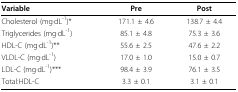
<table><thead><tr><td><b>Variable</b></td><td><b>Pre</b></td><td><b>Post</b></td></tr></thead><tbody><tr><td>Cholesterol (mg·dL<sup>-1</sup>)*</td><td>171.1 ± 4.6</td><td>138.7 ± 4.4</td></tr><tr><td>Triglycerides (mg·dL<sup>-1</sup>)</td><td>85.1 ± 4.8</td><td>75.3 ± 3.6</td></tr><tr><td>HDL-C (mg·dL<sup>-1</sup>)**</td><td>55.6 ± 2.5</td><td>47.6 ± 2.2</td></tr><tr><td>VLDL-C (mg·dL<sup>-1</sup>)</td><td>17.0 ± 1.0</td><td>15.0 ± 0.7</td></tr><tr><td>LDL-C (mg·dL<sup>-1</sup>)***</td><td>98.4 ± 3.9</td><td>76.1 ± 3.5</td></tr><tr><td>Total:HDL-C</td><td>3.3 ± 0.1</td><td>3.1 ± 0.1</td></tr></tbody></table>